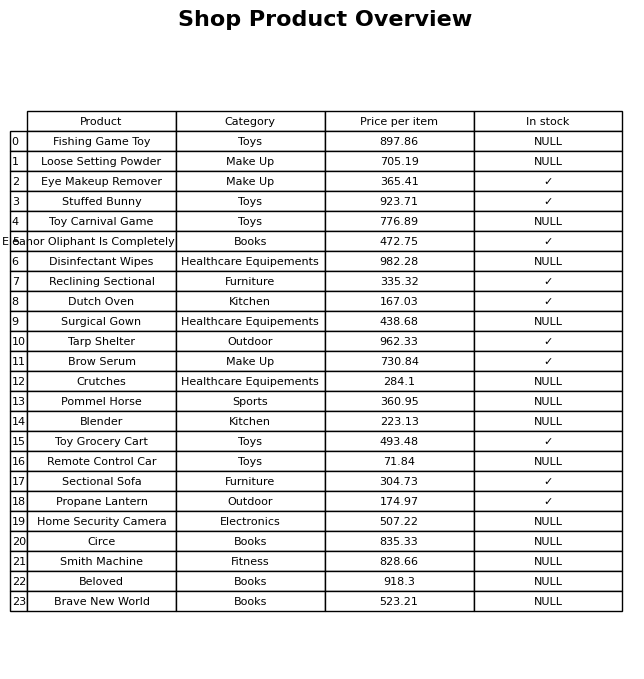
question: Which products are currently out of stock?
answer: Fishing Game Toy, Loose Setting Powder, Toy Carnival Game, Disinfectant Wipes, Surgical Gown, Crutches, Pommel Horse, Blender, Remote Control Car, Home Security Camera, Circe, Smith Machine, Beloved, Brave New World